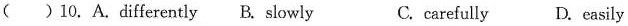
( )10. A. differently B. slowly C. carefully D. easily